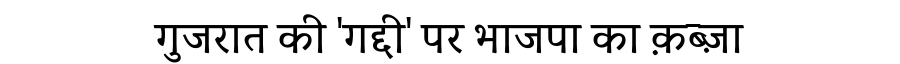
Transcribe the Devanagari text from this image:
गुजरात की 'गद्दी' पर भाजपा का क़ब्ज़ा